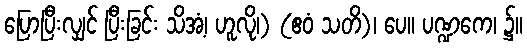
ပြောပြီးလျှင် ပြီးခြင်း သိအံ့၊ ဟူလို၊) (ဧဝံ သတိ)၊ ပေ။ ပဏ္ဍကေ၊ ၌။